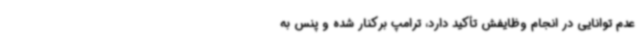
عدم توانایی در انجام وظایفش تأکید دارد، ترامپ برکنار شده و پنس به